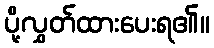
ပို့လွှတ်ထားပေးရ၏။